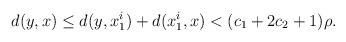
LaTeX: \begin{gather*}d(y,x)\le d(y,x_1^i)+ d(x_1^i,x) < (c_1+2c_2+1)\rho.\end{gather*}